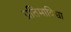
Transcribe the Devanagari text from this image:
प्रतिमाविद्या